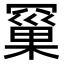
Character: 𮊗